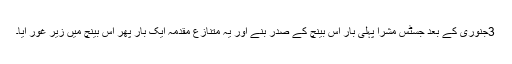
3جنوری کے بعد جسٹس مشرا پہلی بار اس بینچ کے صدر بنے اور یہ متنازع مقدمہ ایک بار پھر اس بینچ میں زیر غور آیا۔